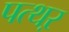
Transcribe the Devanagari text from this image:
पत्थऱ